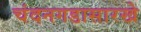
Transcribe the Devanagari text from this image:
चंदनगडासारखे